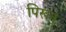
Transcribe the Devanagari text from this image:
पिरून